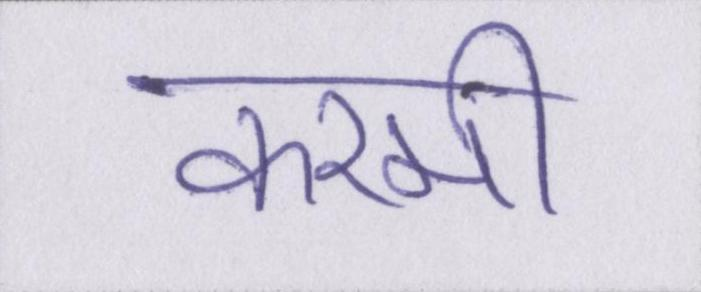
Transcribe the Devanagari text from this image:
करमी